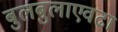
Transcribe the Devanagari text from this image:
बुलबुलाएवढा